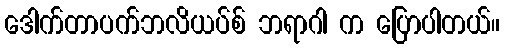
ဒေါက်တာပက်ဘလိယပ်စ် ဘရာဂါ က ပြောပါတယ်။